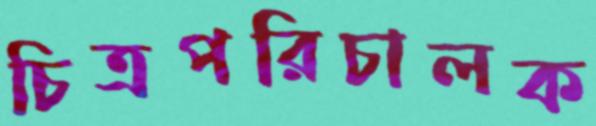
চিত্রপরিচালক